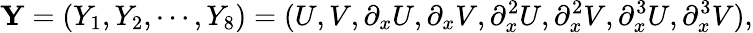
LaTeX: {\mathbf Y}=(Y_{1},Y_{2},\cdots,Y_{8})=(U,V,\partial_{x}U,\partial_{x}V,\partial_{x}^{2}U,\partial_{x}^{2}V,\partial_{x}^{3}U,\partial_{x}^{3}V),